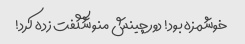
خوشمزه بود! دورچینش منو شگفت زده کرد!